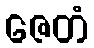
ဇေတံ